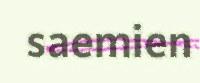
saemien